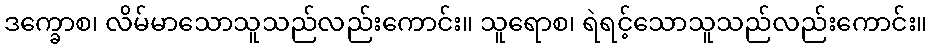
ဒက္ခောစ၊ လိမ်မာသောသူသည်လည်းကောင်း။ သူရောစ၊ ရဲရင့်သောသူသည်လည်းကောင်း။